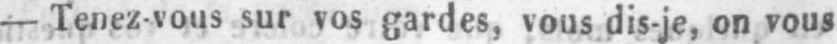
- Tenez-vous sur vos gardes, vous dis-je, on vous